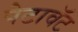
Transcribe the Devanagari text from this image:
पेटावॅट